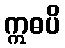
ဣဓပိ